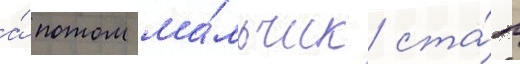
а́ потом ма́льчик ста́л